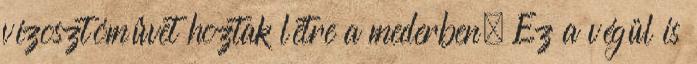
vízosztómûvet hoztak létre a mederben. Ez a végül is